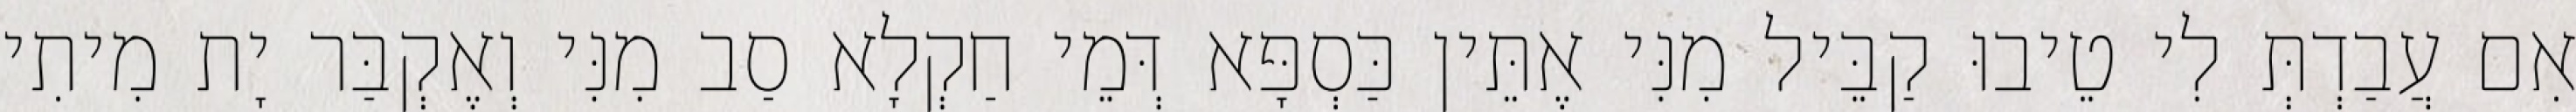
אִם עֲבַדְתְּ לִי טֵיבוּ קַבֵּיל מִנִּי אֶתֵּין כַּסְפָּא דְּמֵי חַקְלָא סַב מִנִּי וְאֶקְבַּר יָת מִיתִי